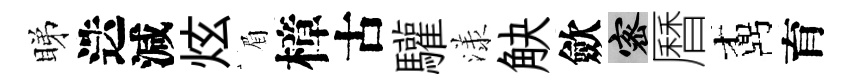
睇迭減炫眉樟古驩漾觖歛密曆鼒育